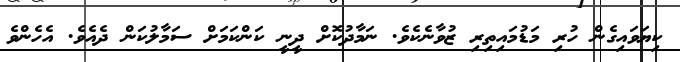
ކިޔަވައިގެން ހުރި މަޑުމައިތިރި ޒުވާނެކެވެ. ނަމާދުކޮށް ދީނީ ކަންކަމަށް ސަމާލުކަން ދެއެވެ. އެހެންވެ